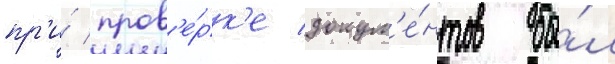
пр'и́ пров'е́рк'е докум'е́нтов бы́л